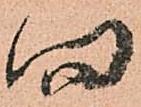
向